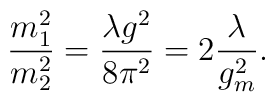
{m_1^2 \over m_2^2} = {\lambda g^2 \over 8\pi^2} = 2{\lambda \over g_m^2} .